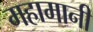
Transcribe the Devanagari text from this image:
महामानी